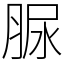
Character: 脲